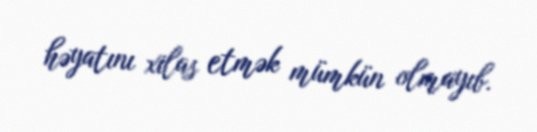
həyatını xilas etmək mümkün olmayıb.